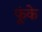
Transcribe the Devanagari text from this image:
फूंके